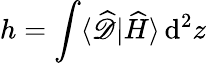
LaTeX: h=\int\langle\widehat{\mathscr{D}}|\widehat{H}\rangle\, \mathrm{d}^{2}z